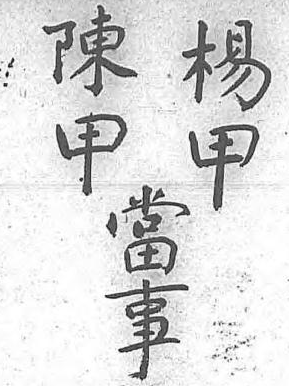
陳楊當甲甲事